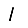
Digit: 1